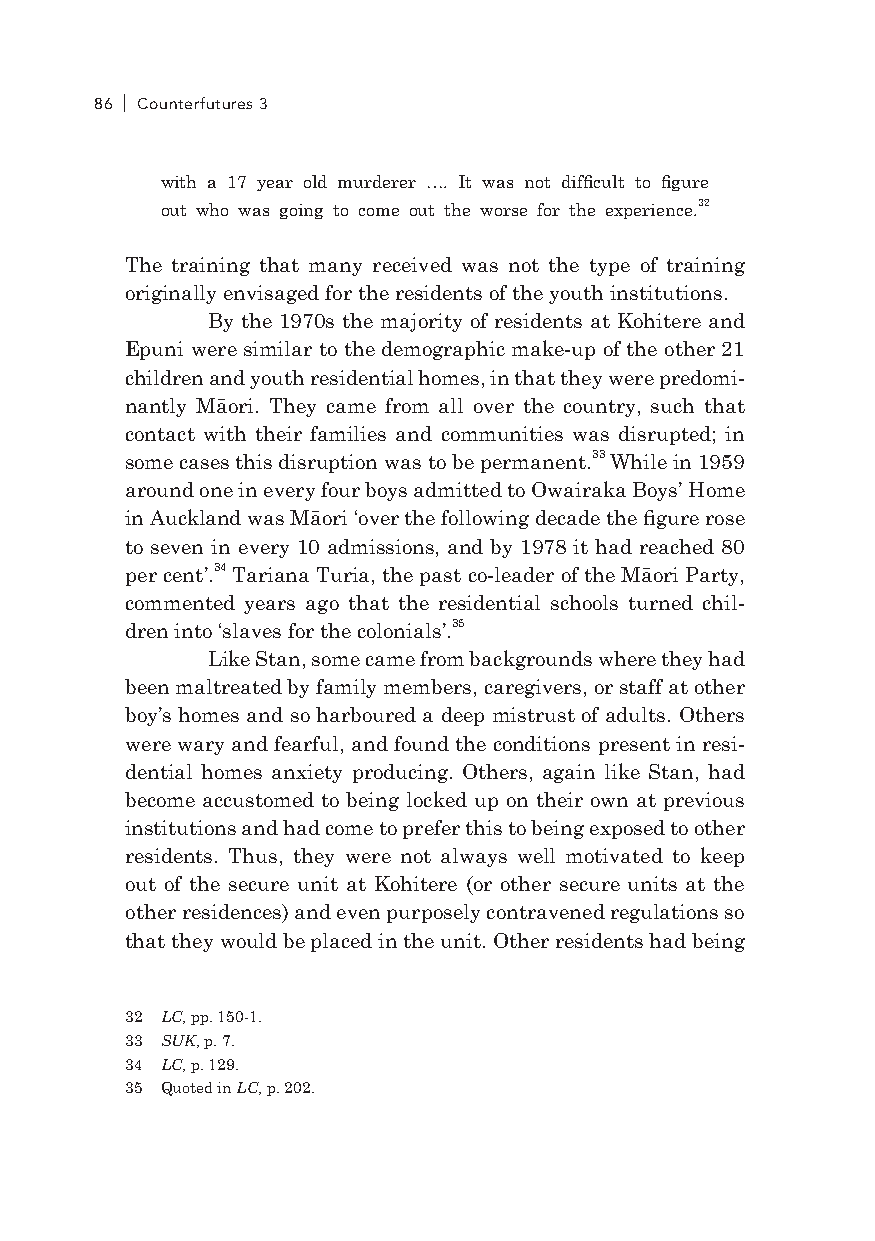
86 Counterfutures 3
 with a 17 year old murderer …. It was not difficult to figure
 out who was going to come out the worse for the experience.32
 The training that many received was not the type of training
 originally envisaged for the residents of the youth institutions.
 By the 1970s the majority of residents at Kohitere and
 Epuni were similar to the demographic make-up of the other 21
 children and youth residential homes, in that they were predomi-
 nantly Māori. They came from all over the country, such that
 contact with their families and communities was disrupted; in
 some cases this disruption was to be permanent.33 While in 1959
 around one in every four boys admitted to Owairaka Boys’ Home
 in Auckland was Māori ‘over the following decade the figure rose
 to seven in every 10 admissions, and by 1978 it had reached 80
 per cent’.34 Tariana Turia, the past co-leader of the Māori Party,
 commented years ago that the residential schools turned chil-
 dren into ‘slaves for the colonials’.35
 like Stan, some came from backgrounds where they had
 been maltreated by family members, caregivers, or staff at other
 boy’s homes and so harboured a deep mistrust of adults. Others
 were wary and fearful, and found the conditions present in resi-
 dential homes anxiety producing. Others, again like Stan, had
 become accustomed to being locked up on their own at previous
 institutions and had come to prefer this to being exposed to other
 residents. Thus, they were not always well motivated to keep
 out of the secure unit at Kohitere (or other secure units at the
 other residences) and even purposely contravened regulations so
 that they would be placed in the unit. Other residents had being
 32 LC, pp. 150-1.
 33 SUK, p. 7.
 34 LC, p. 129.
 35 Quoted in LC, p. 202.